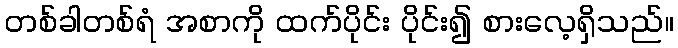
တစ်ခါတစ်ရံ အစာကို ထက်ပိုင်း ပိုင်း၍ စားလေ့ရှိသည်။